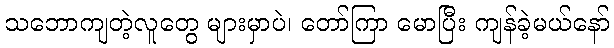
သဘောကျတဲ့လူတွေ များမှာပဲ၊ တော်ကြာ မောပြီး ကျန်ခဲ့မယ်နော်